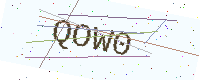
Text: QOW0